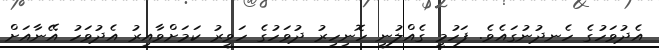
އެދުވަހުގެ ހެނދުނުގައެވެ. ފަހުމީ ގެއްލުނީ ހޮނިހިރު ދުވަހުގެ ހަވީރު ކަމަށްވާއިރު އެދުވަހު އޭނާއަށް